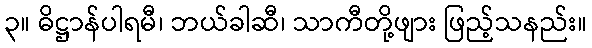
၃။ ဓိဋ္ဌာန်ပါရမီ၊ ဘယ်ခါဆီ၊ သာကီတို့ဖျား ဖြည့်သနည်း။